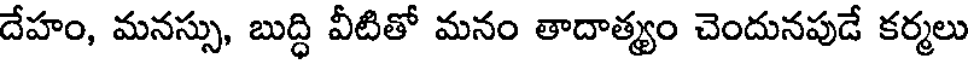
దేహం, మనస్సు, బుద్ధి వీటితో మనం తాదాత్యం చెందునపుడే కర్మలు